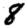
Digit: 8